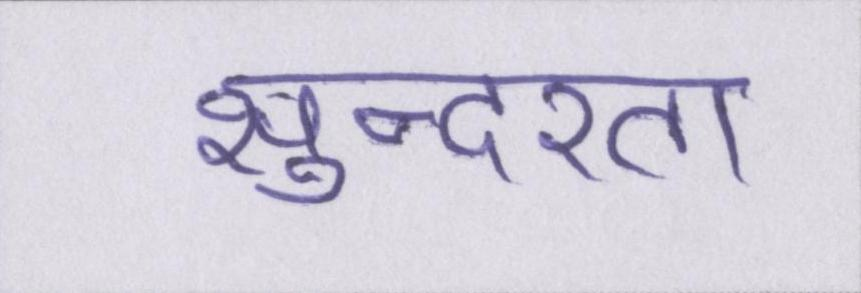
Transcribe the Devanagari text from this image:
सुन्दरता